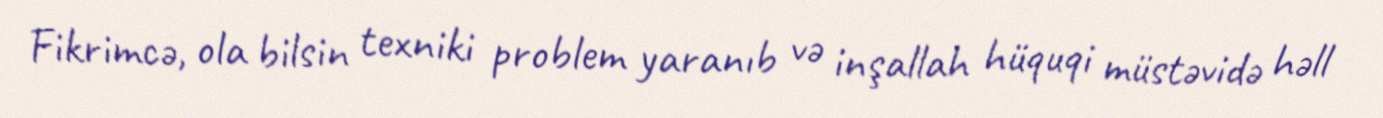
Fikrimcə, ola bilsin texniki problem yaranıb və inşallah hüquqi müstəvidə həll